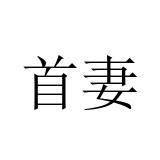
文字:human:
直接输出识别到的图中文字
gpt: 首妻